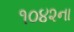
૧૦૪૨ના